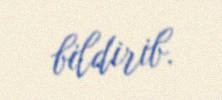
bildirib.